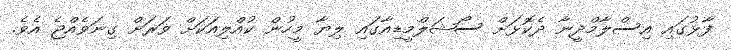
ފާޅުގައި އިސްލާމްދީނާ ދެކޮޅަށް ސޯޝަލްމީޑިއާގައި ލިޔާ މީހުން ކުއްލިއަކަށް ވަރަށް ގިނަވެއްޖެ އެވެ.